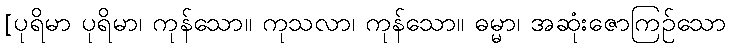
[ပုရိမာ ပုရိမာ၊ ကုန်သော။ ကုသလာ၊ ကုန်သော။ ဓမ္မာ၊ အဆုံးဇောကြဉ်သော